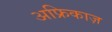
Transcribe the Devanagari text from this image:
अफ्रिकाज़